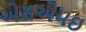
એસએમઇ